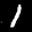
Label: 1